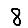
Digit: 8